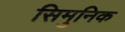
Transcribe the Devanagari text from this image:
सिमुनिक